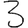
Digit: 3